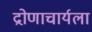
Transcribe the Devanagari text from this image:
द्रोणाचार्यला